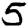
Digit: 5